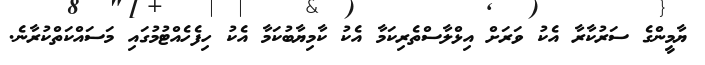
ޔާމީންގެ ސަރުކާރާ އެކު ވަރަށް އިޅްލާސްތެރިކަމާ އެކު ކާމިޔާބުކަމާ އެކު ހިފެހެއްޓުމުގައި މަސައްކަތްކުރާނެ.